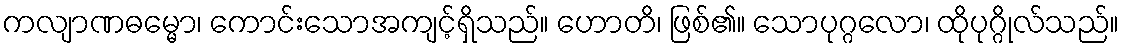
ကလျာဏဓမ္မော၊ ကောင်းသောအကျင့်ရှိသည်။ ဟောတိ၊ ဖြစ်၏။ သောပုဂ္ဂလော၊ ထိုပုဂ္ဂိုလ်သည်။